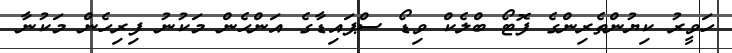
ހަވީރު ކިޔުންތެރިންގެ ފޮޓޯ ބްލެކް ވިޑޯ ސްޕައިޑާގެ އަންހެން މަކުނު ފިރިހެން މަކުނާ